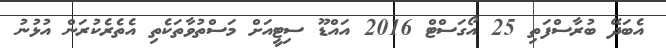
އެބަދޭ ބުރާސްފަތި 25 އޯގަސްޓް 2016 އައްޑޫ ސިޓީއަށް މަސްތުވާތަކެތި އެތެރެކުރަން އުޅުނު